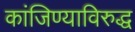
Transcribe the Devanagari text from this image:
कांजिण्याविरुद्ध